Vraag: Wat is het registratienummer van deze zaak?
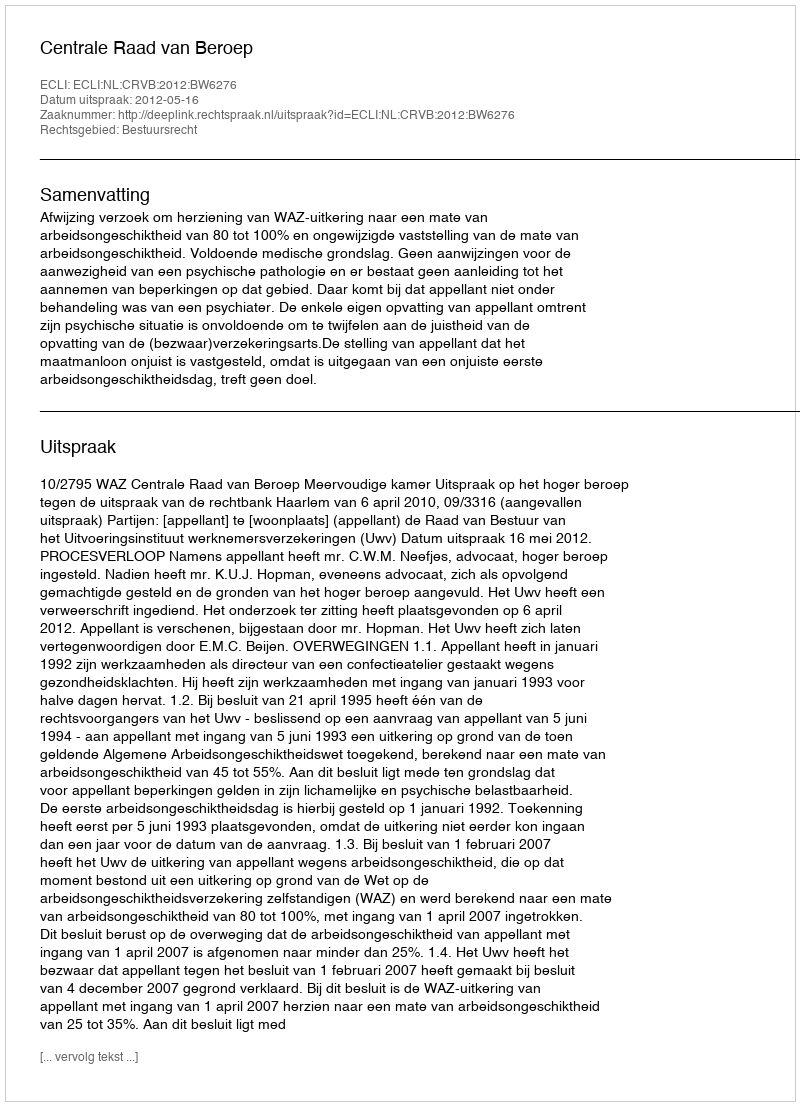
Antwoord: http://deeplink.rechtspraak.nl/uitspraak?id=ECLI:NL:CRVB:2012:BW6276